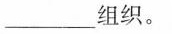
___组织。